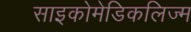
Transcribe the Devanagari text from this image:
साइकोमेडिकलिज्म